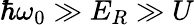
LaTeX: \hbar\omega_{0}\gg E_{R}\gg U